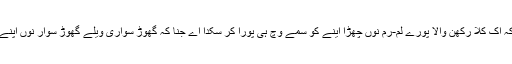
" ایس مغروں اوہناں نے سمجھایا کہ اک کلا رکھن والا پورے لم-رم نوں چھڑا اینے کو سمے وچ ہی پورا کر سکدا اے جنا کہ گھوڑ سواری ویلے گھوڑ سوار نوں اپنے پیر رکاب وچ رکھن تے لگدا اے۔